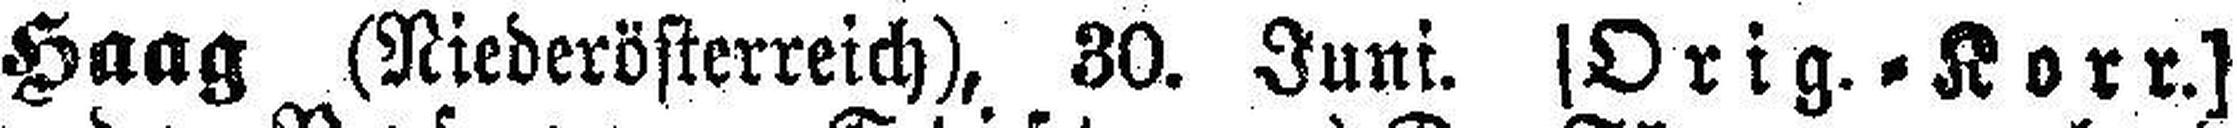
Haag (Niederösterreich), 30. Juni. [Orig.=Korr.]